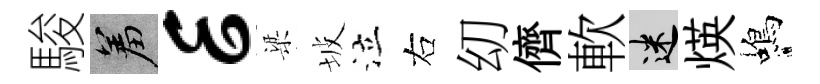
駿羞E梁坡泣右㓜儕軟迷煐蝎